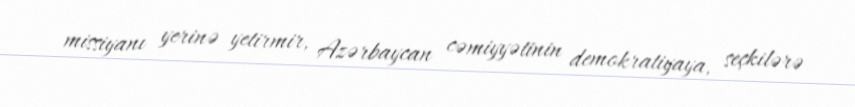
missiyanı yerinə yetirmir, Azərbaycan cəmiyyətinin demokratiyaya, seçkilərə